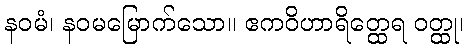
နဝမံ၊ နဝမမြောက်သော။ ဧကဝိဟာရိတ္ထေရ ဝတ္ထု၊